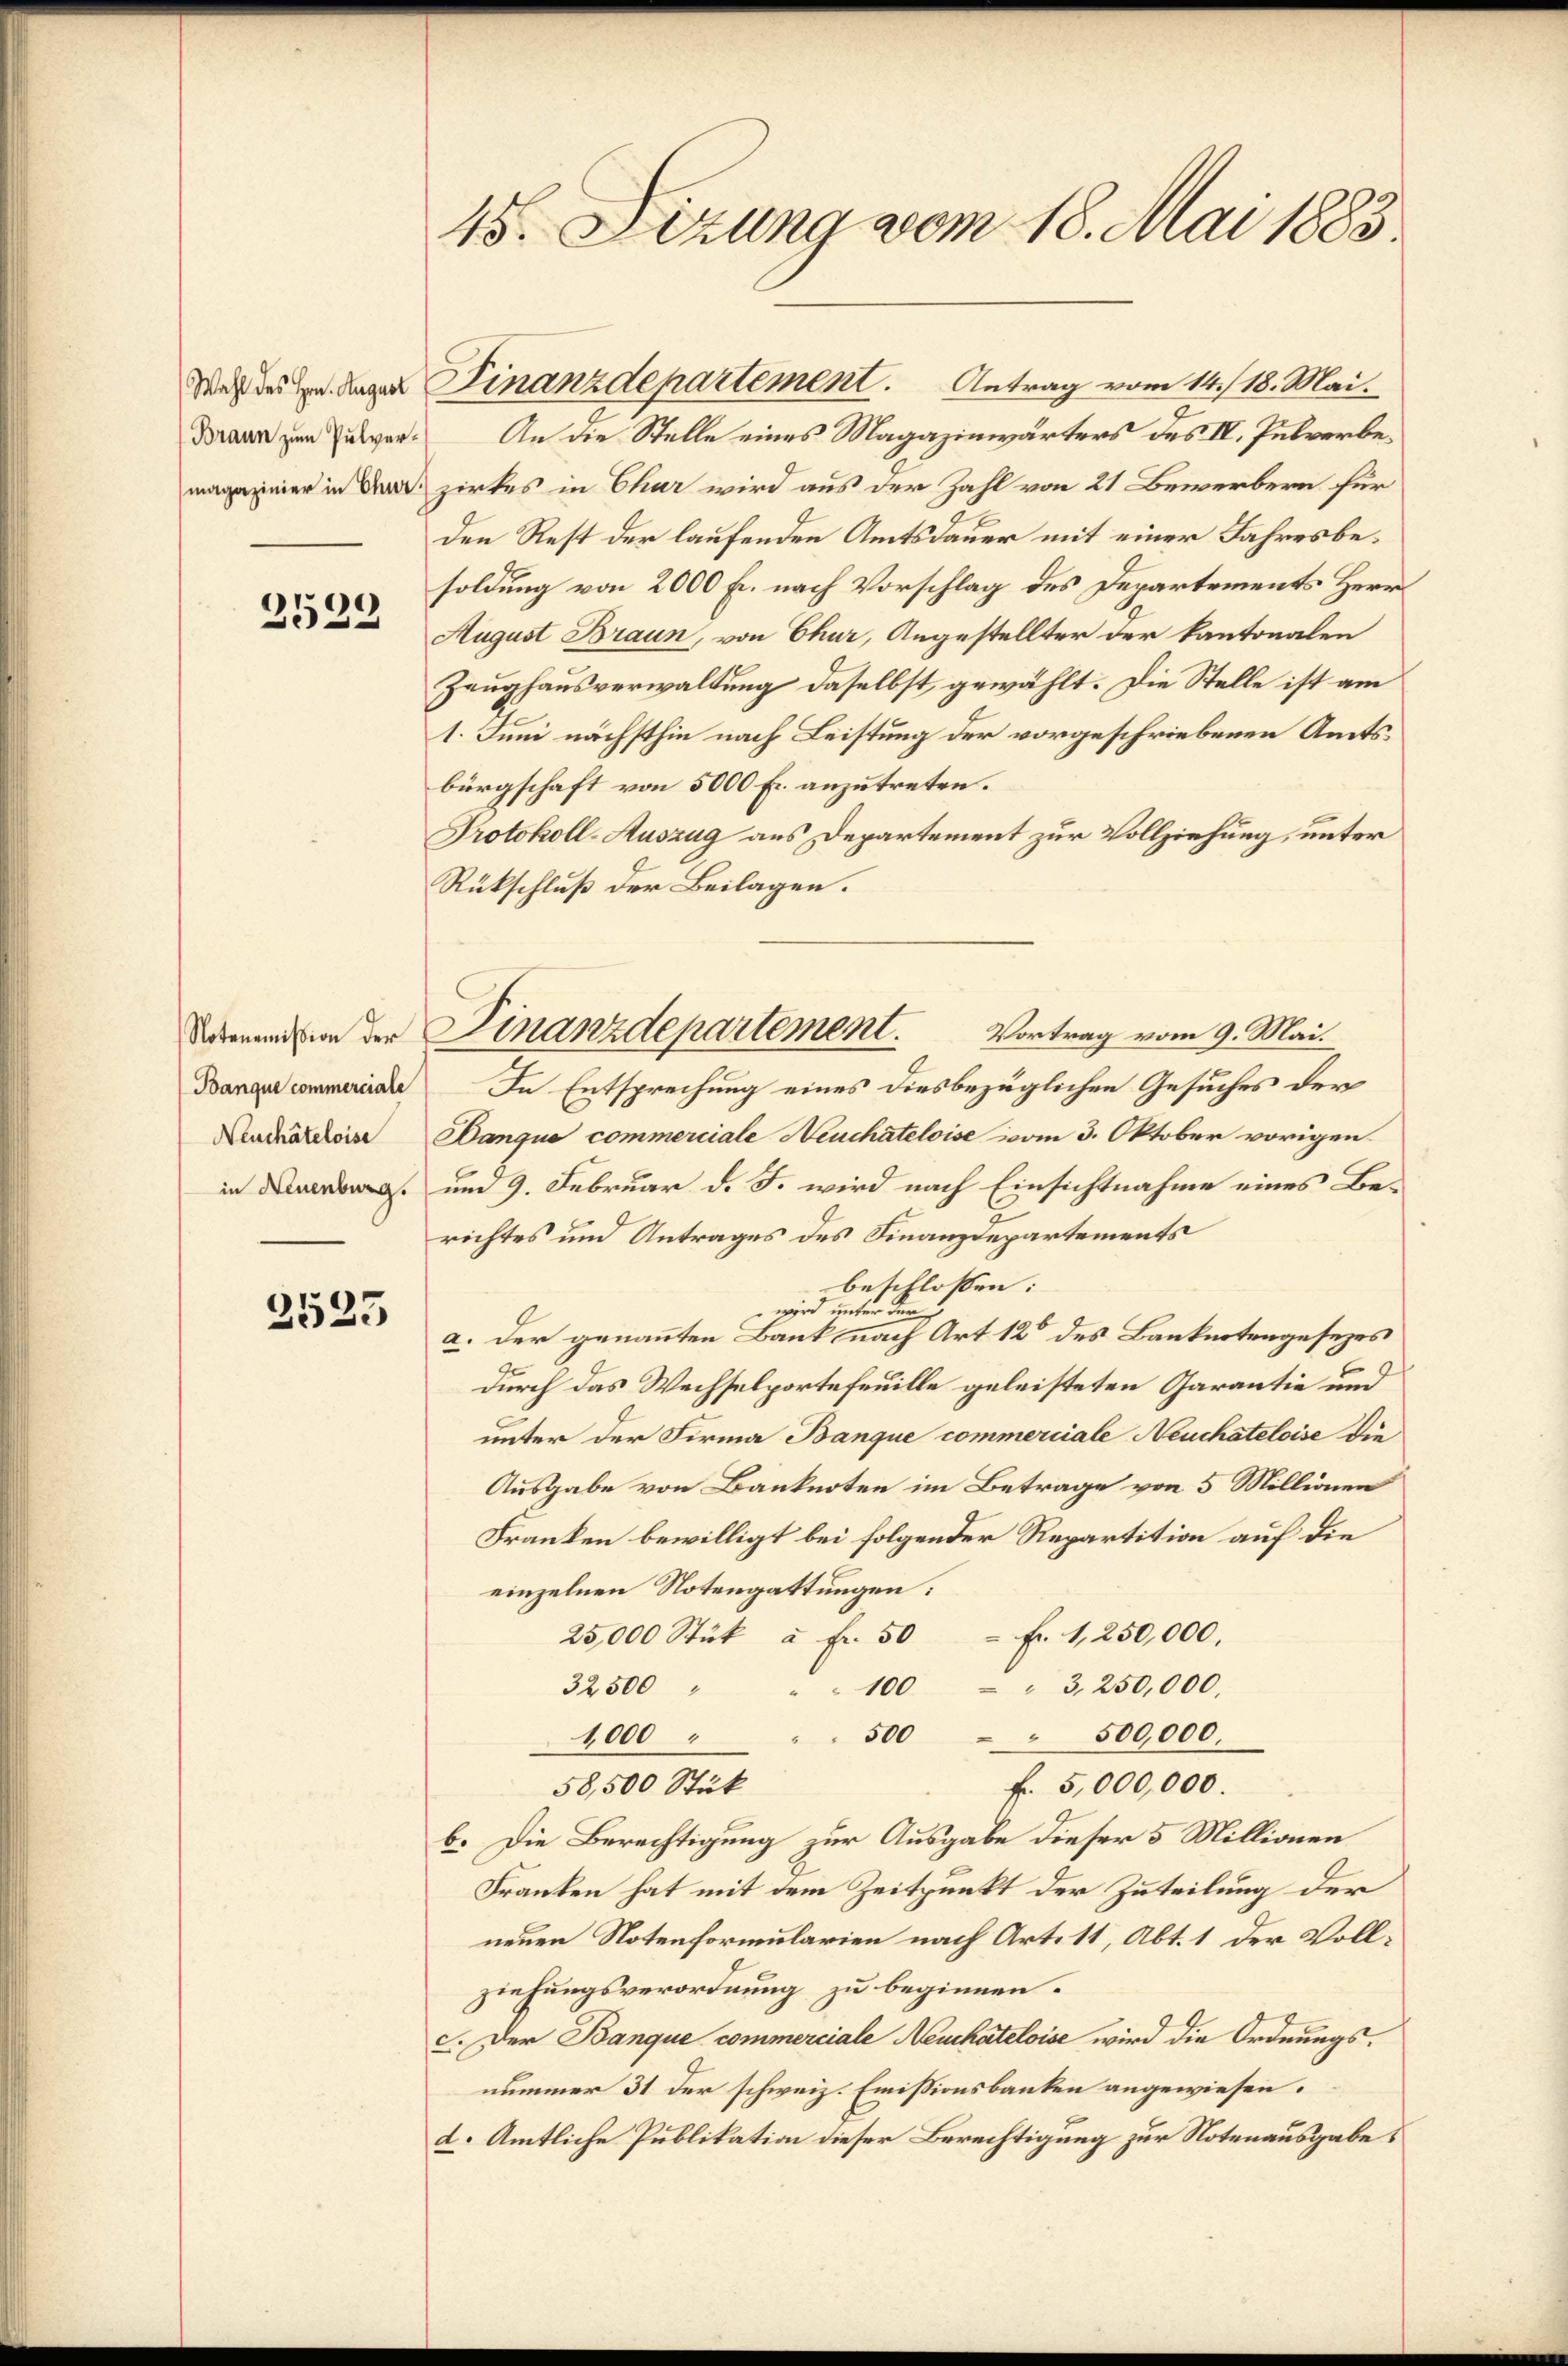
Wahl des Hrn. August
Braun zum Pulvermagazinier in Chur.

2539

Notenemißion der
Banque commerciale
Neuchâteloise
in Neuenburg.

2523

45. Sizung vom 18. Mai 1883.

An die Stelle eines Magazinwärters des III. Pulverbezirkes in Chur wird aus der Zahl von 21 Bewerbern für
den Rest der laufenden Amtsdauer mit einer Jahresbesoldung von 2000 fl. nach Vorschlag des Departements Herr
August Braun, von Chur, Angestellter der kantonalen
Zeughausverwaltung daselbst gewählt. Die Stelle ist am
1. Juni nächsthin nach Leistung der vorgeschriebenen Amtsbürgschaft von 5000 Fr. anzutreten.
Protokoll-Auszug aus Departement zur Vollziehung, unter
Rückschluß der Beilagen.
Vortrag vom 9. Mai.
In Entsprechung eines diesbezüglichen Gesuches der
Danque commerciale Neuchateloise vom 3. Oktober vorigen
um 9. Februar d. J. wird nach Einsichtnahme eines Berichtes und Antrages des Finanzdepartements
beschlossen:
 wird unter der
a. der genannten Bank nach Art 12 des Banknotengesezes
durch das Wechselportefeuille geleisteten Garantie und
unter der Firma Banque commerciale Neuchateloise die
Ausgabe von Banknoten im Betrage von 5 Millionen
Franken bewilligt bei folgender Repartition auf die
einzelnen Notengattungen:
25,000 Stük à Fr. 50 Fr. 1, 250,000.
32500
" 100 - " 3, 250,000.
1,000
500 " 500,000.
f. 5,000,000.
58,500 Stück
b. Die Berechtigung zur Ausgabe dieser 5 Millionen
Franken hat mit dem Zeitpunkt der Zuteilung der
neuen Notenformularien nach Art. 11, Abt. 1 der Vollziehungsverordnung zu beginnen.
c. Der Banque commerciale Neuchateloise wird die Ordnungsnummer 31 der schweiz. Emissionsbanken angewiesen.
d. Amtliche Publikation dieser Berechtigung zur Notenausgabe

Finanzdepartement. Antrag vom 14. 18. Mai.

Finanzdepartement.